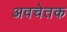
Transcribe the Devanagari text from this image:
अवचेतक